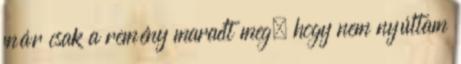
már csak a remény maradt meg, hogy nem nyúltam